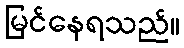
မြင်နေရသည်။